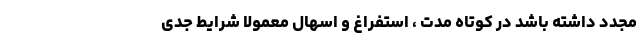
مجدد داشته باشد در کوتاه مدت ، استفراغ و اسهال معمولاً شرایط جدی